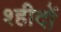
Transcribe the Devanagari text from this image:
श्हीदों